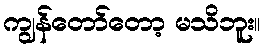
ကျွန်တော်တော့ မသိဘူး။